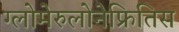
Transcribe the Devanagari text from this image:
ग्लोमेरुलोनेफ्रितिस